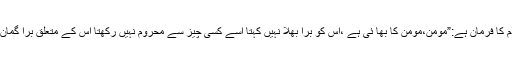
امام محمد باقر علیہ السلام کا فرمان ہے:”مومن،مومن کا بھا ئی ہے ،اس کو برا بھلا نہیں کہتا اسے کسی چیز سے محروم نہیں رکھتا اس کے متعلق برا گمان و خیال نہیں کرتا ہے ”۔